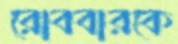
রোববারকে